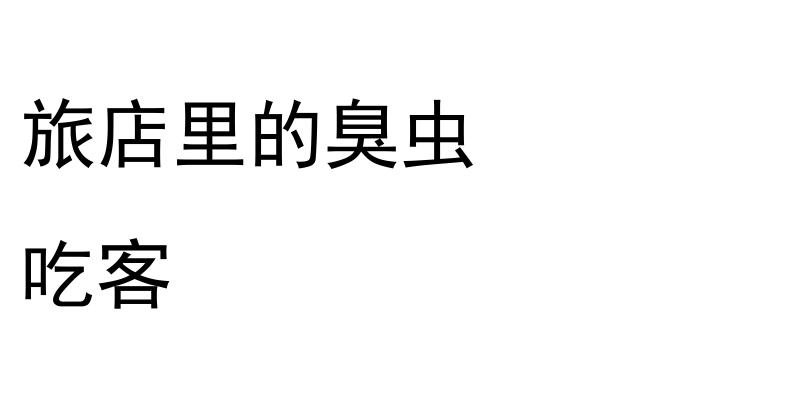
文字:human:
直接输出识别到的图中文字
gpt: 旅店里的臭虫 吃客